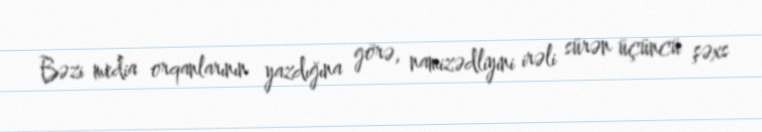
Bəzi media orqanlarının yazdığına görə, namizədliyini irəli sürən üçüncü şəxs